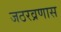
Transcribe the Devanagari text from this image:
जठरव्रणास